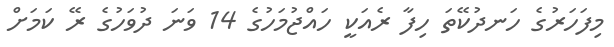
މިފަހަރުގެ ހަނދުކޭތަ ހިފާ ރެއަކީ ހައްޖުމަހުގެ 14 ވަނަ ދުވަހުގެ ރޭ ކަމަށް